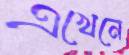
এখেনে